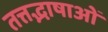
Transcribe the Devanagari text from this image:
तत्तद्भाषाओं